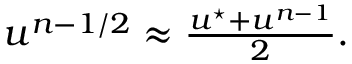
\begin{array} { r } { u ^ { n - 1 / 2 } \approx \frac { u ^ { \star } + u ^ { n - 1 } } { 2 } . } \end{array}